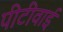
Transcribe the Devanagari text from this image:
पीटीवाई